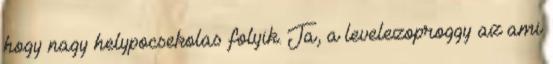
hogy nagy helypocsekolas folyik. Ja, a levelezoproggy az ami